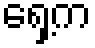
ရှေ့က